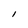
Character: l